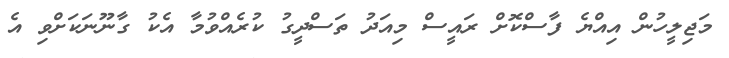
މަޖިލީހުން އިއްޔެ ފާސްކޮށް ރައީސް މިއަދު ތަސްދީގު ކުރެއްވުމާ އެކު ގާނޫނަކަށްވި އެ